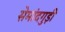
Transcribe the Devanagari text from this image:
सेमांदगुड़ी